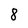
Character: 8